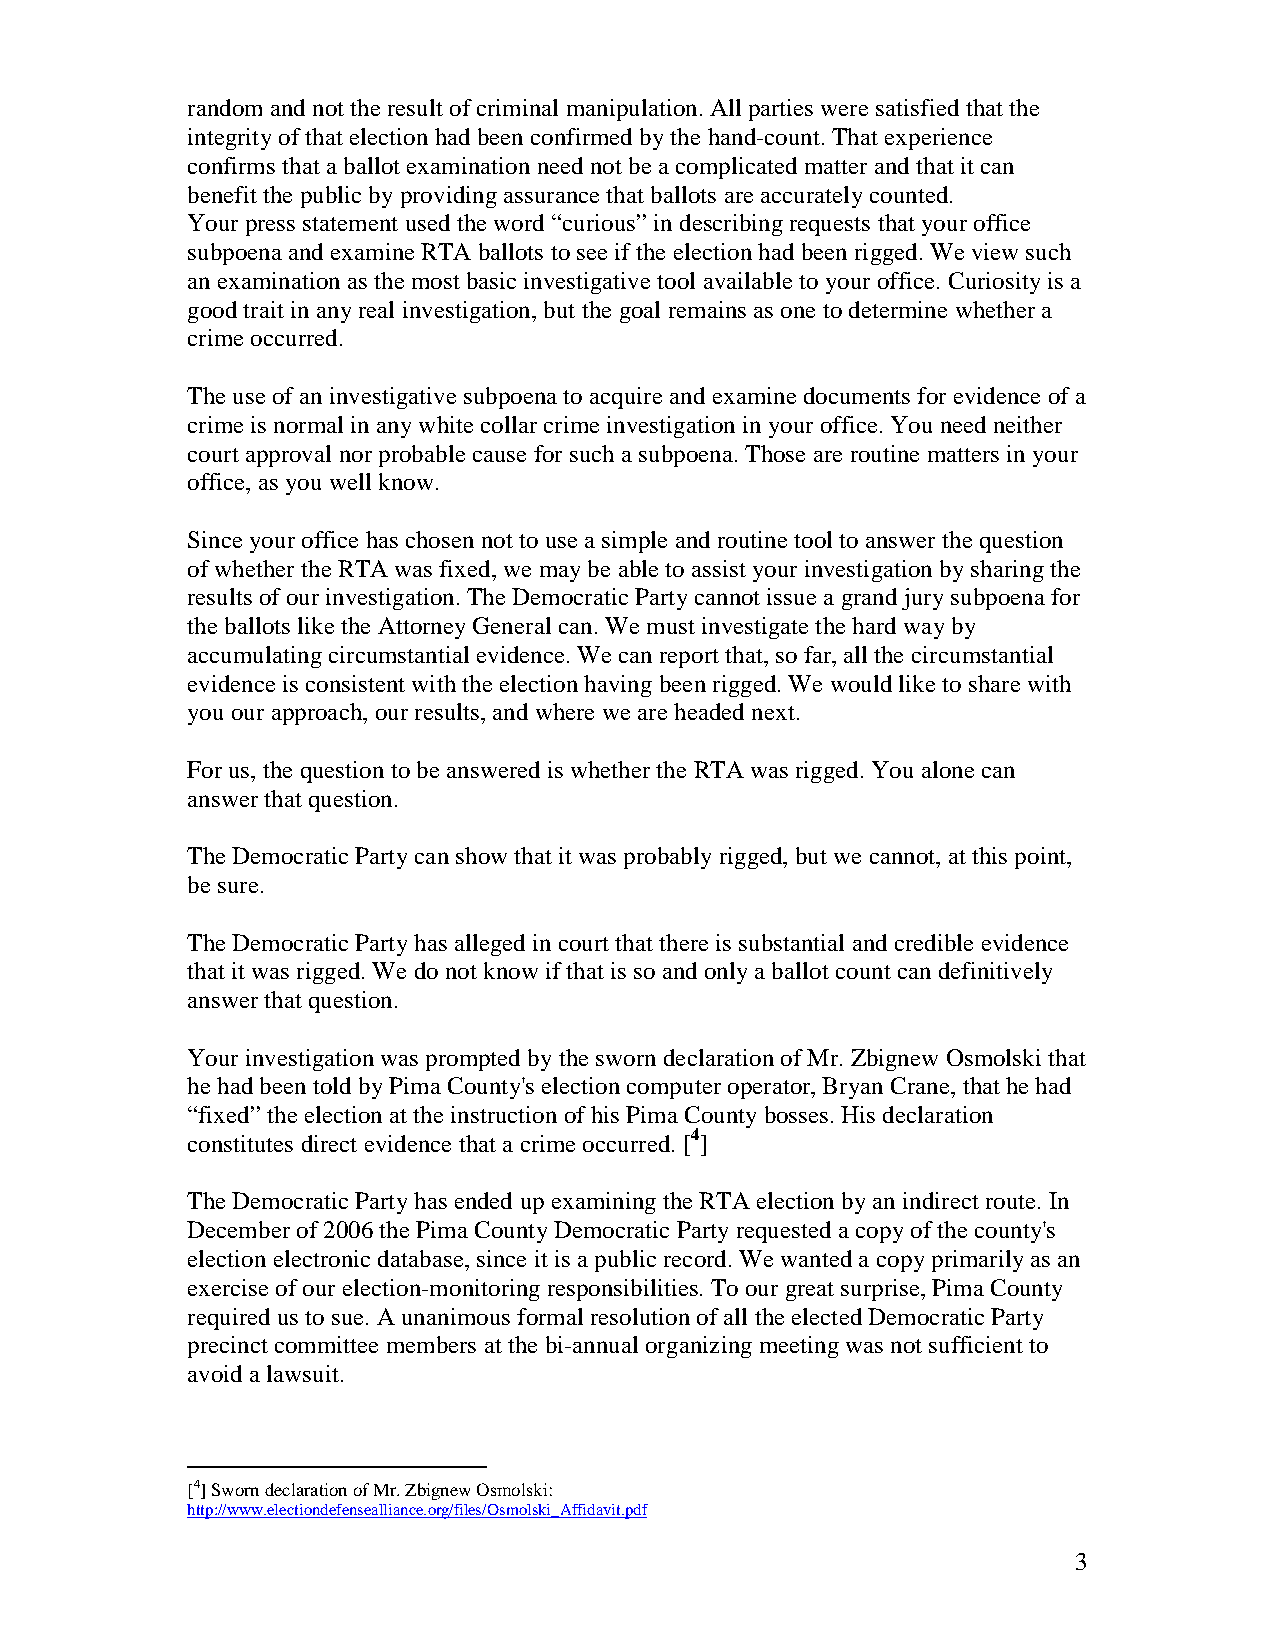
random and not the result of criminal manipulation. All parties were satisfied that the
 integrity of that election had been confirmed by the hand-count. That experience
 confirms that a ballot examination need not be a complicated matter and that it can
 benefit the public by providing assurance that ballots are accurately counted.
 Your press statement used the word “curious” in describing requests that your office
 subpoena and examine RTA ballots to see if the election had been rigged. We view such
 an examination as the most basic investigative tool available to your office. Curiosity is a
 good trait in any real investigation, but the goal remains as one to determine whether a
 crime occurred.
 The use of an investigative subpoena to acquire and examine documents for evidence of a
 crime is normal in any white collar crime investigation in your office. You need neither
 court approval nor probable cause for such a subpoena. Those are routine matters in your
 office, as you well know.
 Since your office has chosen not to use a simple and routine tool to answer the question
 of whether the RTA was fixed, we may be able to assist your investigation by sharing the
 results of our investigation. The Democratic Party cannot issue a grand jury subpoena for
 the ballots like the Attorney General can. We must investigate the hard way by
 accumulating circumstantial evidence. We can report that, so far, all the circumstantial
 evidence is consistent with the election having been rigged. We would like to share with
 you our approach, our results, and where we are headed next.
 For us, the question to be answered is whether the RTA was rigged. You alone can
 answer that question.
 The Democratic Party can show that it was probably rigged, but we cannot, at this point,
 be sure.
 The Democratic Party has alleged in court that there is substantial and credible evidence
 that it was rigged. We do not know if that is so and only a ballot count can definitively
 answer that question.
 Your investigation was prompted by the sworn declaration of Mr. Zbignew Osmolski that
 he had been told by Pima County's election computer operator, Bryan Crane, that he had
 “fixed” the election at the instruction of his Pima County bosses. His declaration
 constitutes direct evidence that a crime occurred. [4]
 The Democratic Party has ended up examining the RTA election by an indirect route. In
 December of 2006 the Pima County Democratic Party requested a copy of the county's
 election electronic database, since it is a public record. We wanted a copy primarily as an
 exercise of our election-monitoring responsibilities. To our great surprise, Pima County
 required us to sue. A unanimous formal resolution of all the elected Democratic Party
 precinct committee members at the bi-annual organizing meeting was not sufficient to
 avoid a lawsuit.
 [4] Sworn declaration of Mr. Zbignew Osmolski:
 http://www.electiondefensealliance.org/files/Osmolski_Affidavit.pdf
 3